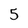
Character: 5